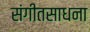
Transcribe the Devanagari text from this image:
संगीतसाधना